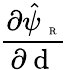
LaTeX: \frac{\partial\hat{\psi}_{\mathrm{~\tiny~R~}}}{\partial{\mathrm{~d~}}}